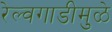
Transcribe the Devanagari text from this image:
रेल्वगाडीमुळे